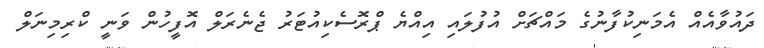
ދައުވާއެއް އެމަނިކުފާނުގެ މައްޗަށް އުފުލައި އިއްޔެ ޕްރޮސެކިއުޓަރު ޖެނެރަލް އޮފީހުން ވަނީ ކްރިމިނަލް